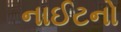
નાઈટનો